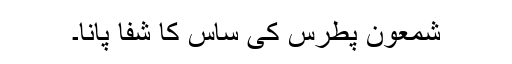
شمعون پطرس کی ساس کا شفا پانا۔